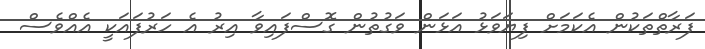
ފަރާތްތަކުން އެކަމަށް ފިޔަވަޅު އަޅަން ވަގުތުން ގޮސްފައިވާ އިރު އެ ހަރުފައަކީ އެއްވެސް